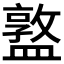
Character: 𥂦